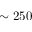
\sim 2 5 0